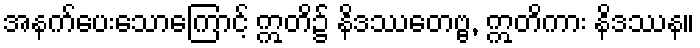
အနက်ပေးသောကြောင့် ဣတိ၌ နိဒဿေတဗ္ဗ, ဣတိကား နိဒဿန။